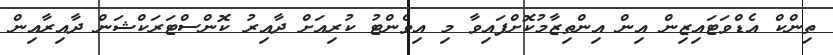
ތިންކް އެޑްވަޓައިޒިން އިން އިންތިޒާމުކޮށްފައިވާ މި އިވެންޓު ކުރިއަށް ދާއިރު ކޮންސްޓަރަކްޝަން ދާއިރާއިން